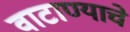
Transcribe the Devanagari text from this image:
वाटाण्याचे